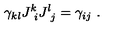
\gamma _ { k l } J _ { \ i } ^ { k } J _ { \ j } ^ { l } = \gamma _ { i j } \ .